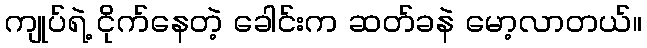
ကျုပ်ရဲ့ ငိုက်နေတဲ့ ခေါင်းက ဆတ်ခနဲ မော့လာတယ်။